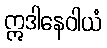
ဣဒါနေဝါယံ